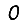
Digit: 0